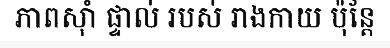
ភាពស៊ាំ ផ្ទាល់ របស់ រាងកាយ ប៉ុន្តែ